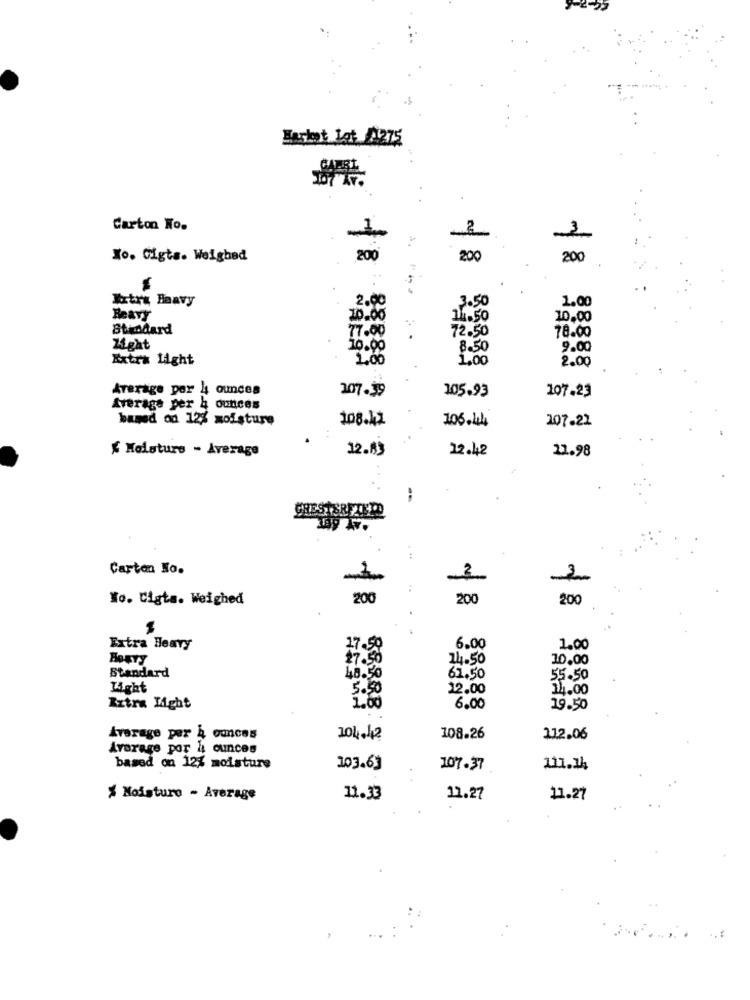
Harket Lot 1275
Carton No.
Xo. Cigts. Weighed
200
200
200
Xxtra Baavy
2.00
1.00
.3.50
ReaVY
10.00
10.00
Standard
77.00
72.50
78.00
ight
10.00
8.50
9.00
Extra Light
1.06
1,00
2.00
Average por 4 ounces
207.39
105.93
107.23
Average per 4 ounces
based on 12% moisture
108.42
105.144
107-22
≤ Malsturs - Average
12.8]
22.42
21.98
Cartaa Ko.
3
:
Wo. Cigta. Weighed
200
200
200
Extra Heavy
17.50
6.00
1.00
27.50
14.50
10.00
Standard
48.50
61.50
55.50
Light
5.50
12.00
14.00
Zztra Might
1.00
6.00
19.50
Average per 2 ounces
104.42
108.26
112.06
Average por & ounces
based on 12% moisture
103.6]
107.37
111.14
% Moisture - Average
11.33
12.27
11.27
..: